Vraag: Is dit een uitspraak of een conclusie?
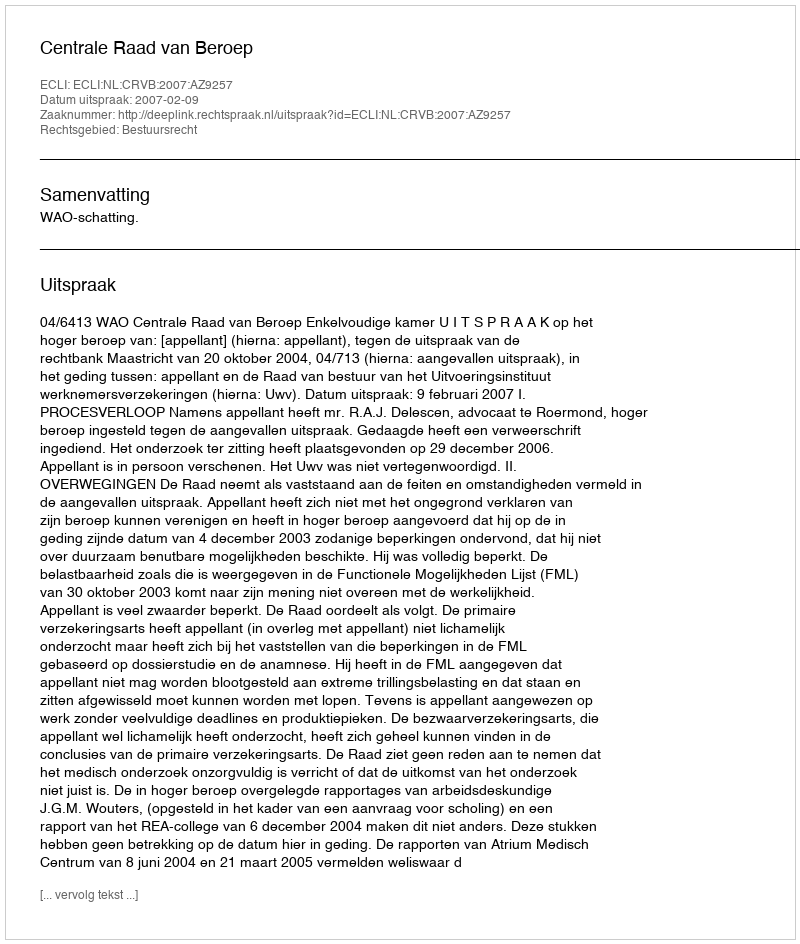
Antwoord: Uitspraak